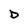
Character: D